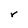
Character: r